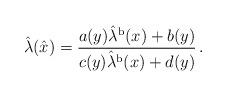
LaTeX: \begin{align*}\hat{\lambda} (\hat{x}) =\frac{a(y) \hat{\lambda}^{\rm b} (x) + b (y)}{c(y) \hat{\lambda}^{\rm b} (x) + d (y)}\, .\end{align*}